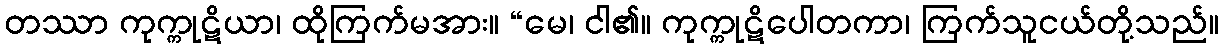
တဿာ ကုက္ကုဋိယာ၊ ထိုကြက်မအား။ “မေ၊ ငါ၏။ ကုက္ကုဋိပေါတကာ၊ ကြက်သူငယ်တို့သည်။